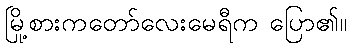
မြို့စားကတော်လေးမေရီက ပြော၏။